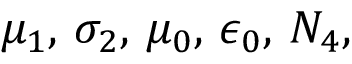
\mu _ { 1 } , \, \sigma _ { 2 } , \, \mu _ { 0 } , \, \epsilon _ { 0 } , \, N _ { 4 } ,